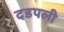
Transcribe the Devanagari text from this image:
दडपली